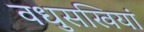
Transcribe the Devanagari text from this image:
वधुसखियां